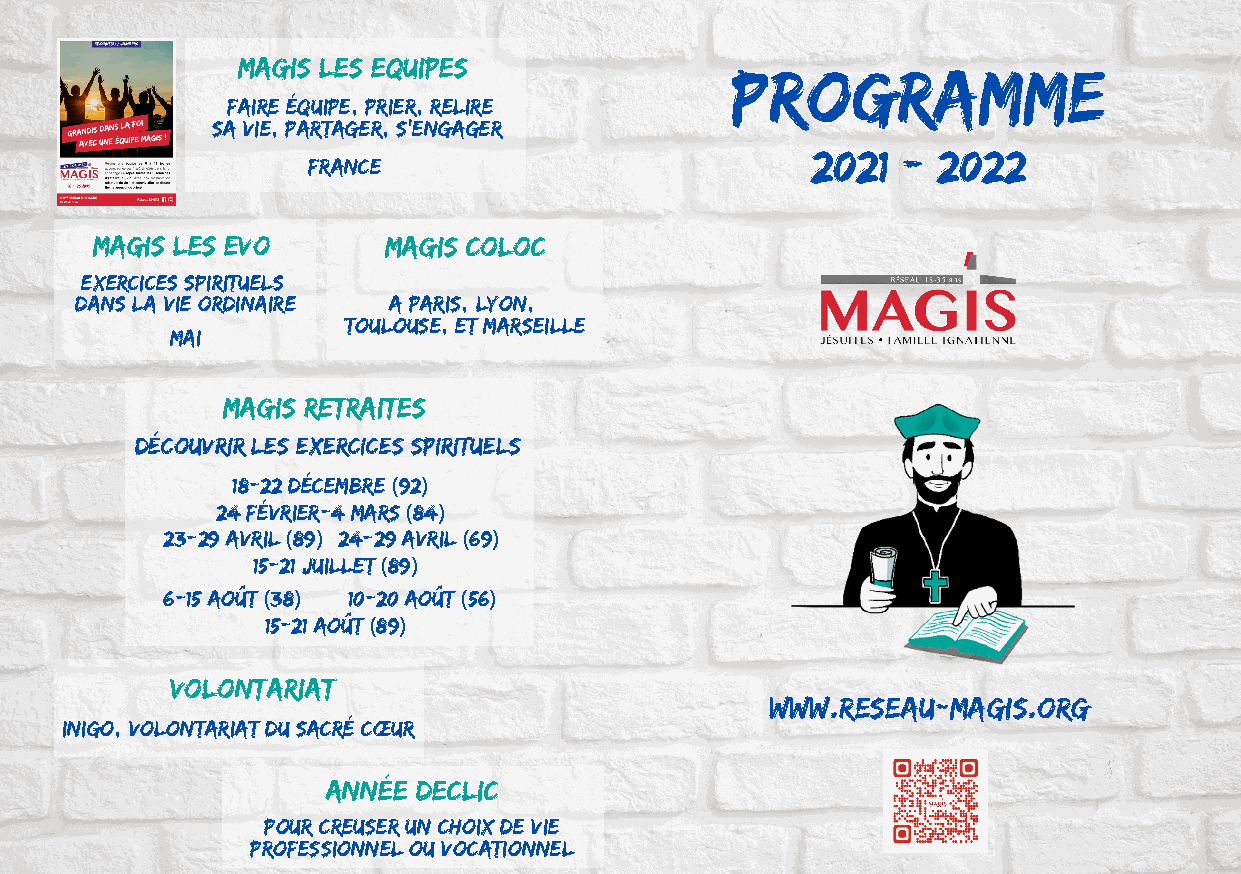
MAGIS les Equipes
 Programme
 Faire équipe, prier, relire
 sa vie, partager, s'engager
 2021  - 2022
 France
 MAGIS les EVO      MAGIS Coloc
 Exercices spirituels
 dans la Vie Ordinaire A Paris, Lyon,
 Toulouse, et Marseille
 Mai
 MAGIS Retraites
 Découvrir les Exercices Spirituels
 18-22 décembre (92)
 24 février-4 mars (84)
 23-29 avril (89) 24-29 avril (69)
 15-21 Juillet (89)
 6-15 août (38) 10-20 août (56)
 15-21 août (89)
 Volontariat
 www.reseau-magis.org
 INIGO, Volontariat du Sacré Cœur
 Année DECLIC
 Pour creuser un choix de vie
 professionnel ou vocationnel